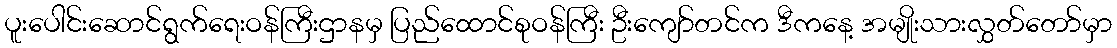
ပူးပေါင်းဆောင်ရွက်ရေးဝန်ကြီးဌာနမှ ပြည်ထောင်စုဝန်ကြီး ဦးကျော်တင်က ဒီကနေ့ အမျိုးသားလွှတ်တော်မှာ